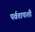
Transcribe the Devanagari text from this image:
पर्वतापाशी